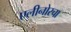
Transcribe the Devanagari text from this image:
एलीनोरचा